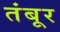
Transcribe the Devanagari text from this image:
तंबूर